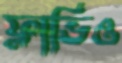
ফ্লাভিও